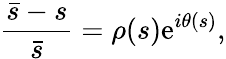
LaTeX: \frac{\bar{s}-s}{\bar{s}}=\rho(s)\mathrm{e}^{i\theta(s)},